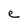
Character: e